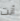
أنت